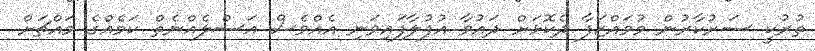
ތުރުކީ ސަރުކާރުން މުވައްޒަފާ ދެކޮޅަށް ދައުވާ އުފުލާފައިވަނި އެއްވެސް އަސްލެއްނެތް ކަމެއްގެ މައްޗަށް